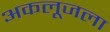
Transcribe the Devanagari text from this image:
अकलूजला